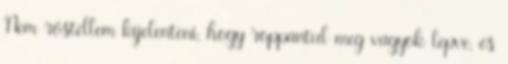
Nem röstellem kijelenteni, hogy roppantul meg vagyok lepve, és